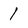
Character: 1